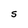
Character: S